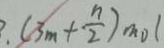
. ( 3 m + \frac { n } { 2 } ) m o l